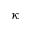
\kappa